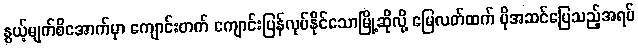
နွယ့်မျက်စိအောက်မှာ ကျောင်းတက် ကျောင်းပြန်လုပ်နိုင်သောမြို့ဆိုလို့ မြေလတ်ထက် ပိုအဆင်ပြေသည့်အရပ်